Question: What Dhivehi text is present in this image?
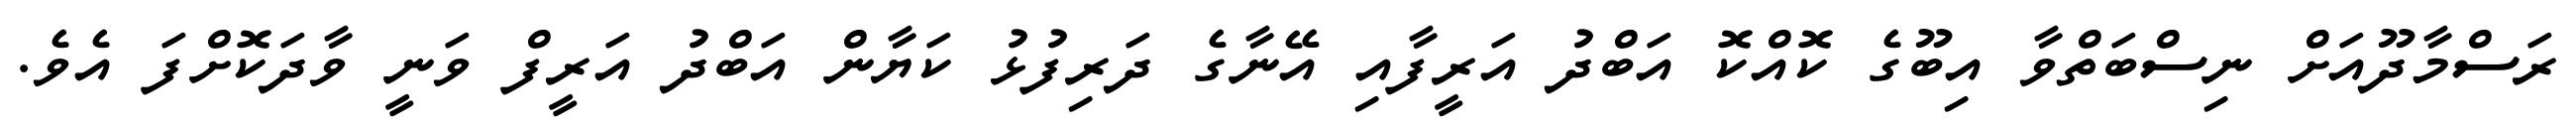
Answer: ރަސްމާދޫއަށް ނިސްބަތްވާ އިބޫގެ ކޮއްކޮ އަބްދު އަރީފާއި އޭނާގެ ދަރިފުޅު ކަޔާން އަބްދު އަރީފް ވަނީ ވާދަކޮށްފަ އެވެ.